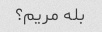
بله مریم؟